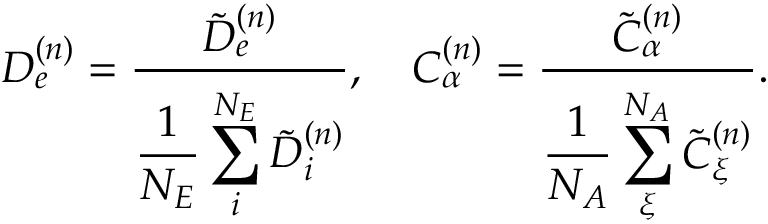
D _ { e } ^ { ( n ) } = \frac { \tilde { D } _ { e } ^ { ( n ) } } { \displaystyle \frac { 1 } { N _ { E } } \sum _ { i } ^ { N _ { E } } \tilde { D } _ { i } ^ { ( n ) } } , \quad C _ { \alpha } ^ { ( n ) } = \frac { \displaystyle \tilde { C } _ { \alpha } ^ { ( n ) } } { \displaystyle \frac { 1 } { N _ { A } } \sum _ { \xi } ^ { N _ { A } } \tilde { C } _ { \xi } ^ { ( n ) } } .